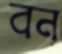
বন্